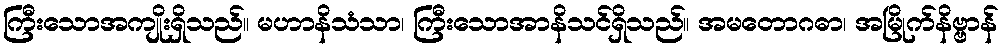
ကြီးသောအကျိုးရှိသည်။ မဟာနိသံသာ၊ ကြီးသောအာနိသင်ရှိသည်။ အမတောဂဓာ၊ အမြိုက်နိဗ္ဗာန်